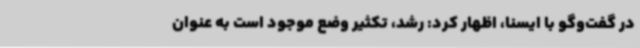
در گفت‌وگو با ایسنا، اظهار کرد: رشد، تکثیر وضع موجود است به عنوان